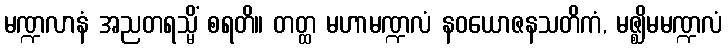
မဏ္ဍလာနံ အညတရသ္မိံ စရတိ။ တတ္ထ မဟာမဏ္ဍလံ နဝယောဇနသတိကံ, မဇ္ဈိမမဏ္ဍလံ